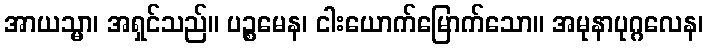
အာယသ္မာ၊ အရှင်သည်။ ပဉ္စမေန၊ ငါးယောက်မြောက်သော။ အမုနာပုဂ္ဂလေန၊